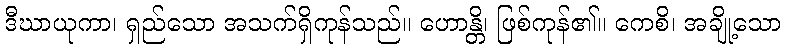
ဒီဃာယုကာ၊ ရှည်သော အသက်ရှိကုန်သည်။ ဟောန္တိ၊ ဖြစ်ကုန်၏။ ကေစိ၊ အချို့သော